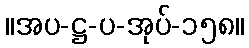
။အပ-ဋ္ဌ-ပ-အုပ်-၁၅၈။